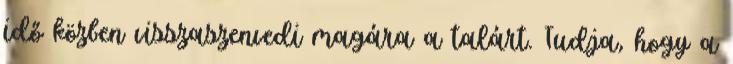
idő közben visszaszenvedi magára a talárt. Tudja, hogy a